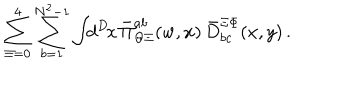
LaTeX: \sum _ { \Xi = 0 } ^ { 4 } \sum _ { b = 1 } ^ { N ^ { 2 } - 1 } \int \! \! d ^ { D } \! x \, \bar { \Pi } _ { \Theta \Xi } ^ { a b } ( w , x ) \, \bar { D } _ { b c } ^ { \Xi \Phi } ( x , y ) \, .